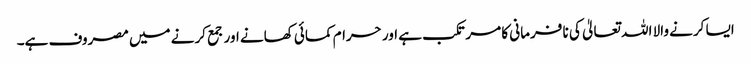
ایسا کرنے والا اللہ تعالیٰ کی نا فرمانی کا مرتکب ہے اور حرام کمائی کھانے اور جمع کرنے میں مصروف ہے۔